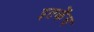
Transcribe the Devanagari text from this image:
इतकेंच